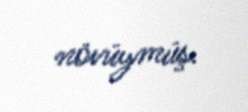
növüymüş.